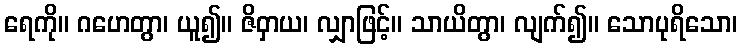
ရေကို။ ဂဟေတွာ၊ ယူ၍။ ဇိဝှာယ၊ လျှာဖြင့်။ သာယိတွာ၊ လျက်၍။ သောပုရိသော၊